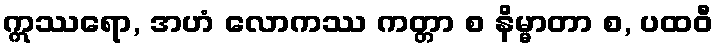
ဣဿရော, အဟံ လောကဿ ကတ္တာ စ နိမ္မာတာ စ, ပထဝီ